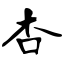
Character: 杏